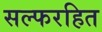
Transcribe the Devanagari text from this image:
सल्फरहित